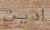
ادين